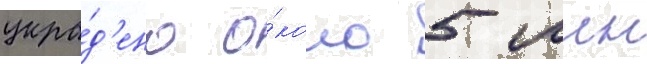
укра́д'ено о́коло 5 млн